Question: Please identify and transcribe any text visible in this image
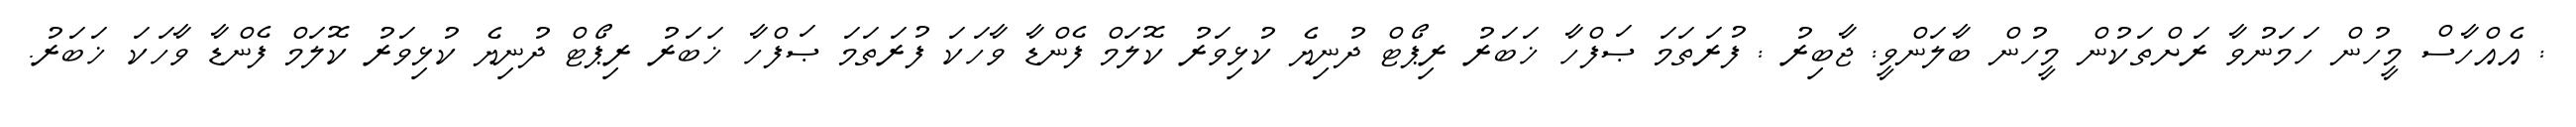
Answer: : އެއްހާސް މީހުން ހަމަނުވާ ރަށްތަކުން މީހުން ބާލަންވީ: ޖާބިރު : ފުރަތަމަ ޞަފްހާ ޚަބަރު ރިޕޯޓް ދުނިޔެ ކުޅިވަރު ކޮލަމް ފެންޑާ ވާހަކަ ފުރަތަމަ ޞަފްހާ ޚަބަރު ރިޕޯޓް ދުނިޔެ ކުޅިވަރު ކޮލަމް ފެންޑާ ވާހަކަ ޚަބަރު.